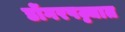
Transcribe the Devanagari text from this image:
डोंगरपट्ट्यात